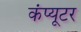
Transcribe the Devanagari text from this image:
कंंप्यूटर